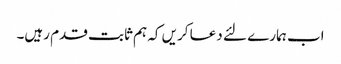
اب ہمارے لئے دعا کریں کہ ہم ثابت قدم رہیں۔